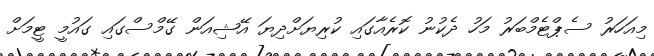
މިއަހަރު ސެޕްޓެމްބަރު މަހު ދެކުނު ކޮރެއާގައި ކުރިޔަށްދިޔަ އޭޝިއަން ގޭމްސްގައި ގައުމީ ޓީމަށް